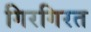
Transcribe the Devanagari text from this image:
गिरगिरत